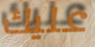
عليك